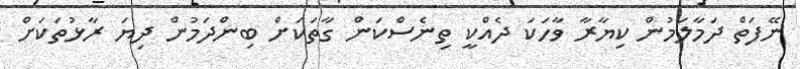
ނޭފަތް ދަމާލަމުން ކިޔާރާ ވާހަކަ ދެއްކީ ތިނެސްކަން ގާތަކަށް ބިންދަމުން ދިޔަ ރާޅުތަކަށް